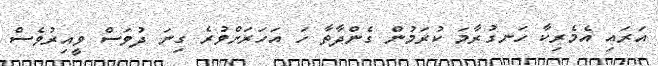
އަރައި އެެމެރިކާ ހަނގުރާމަ ކުރަމުން ގެންދާތާ ހަ އަހަރަށްވުރެ ގިިނަ ދުވަސް ވީއިރުވެސް